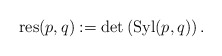
\begin{align*}\mathrm{res}(p,q) := \mathrm{det} \left( \mathrm{Syl}(p,q) \right).\end{align*}